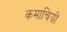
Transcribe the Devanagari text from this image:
कमाचिय़ों